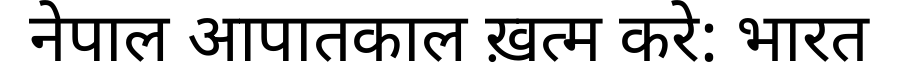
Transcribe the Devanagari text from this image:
नेपाल आपातकाल ख़त्म करे: भारत